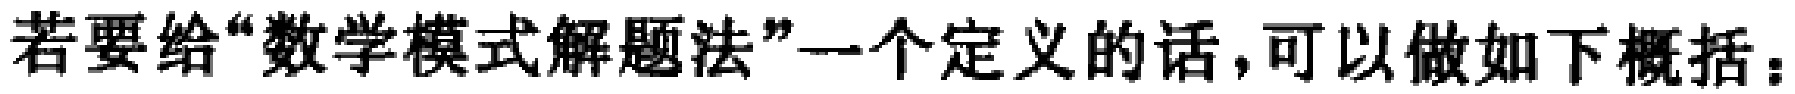
若要给“数学模式解题法”一个定义的话，可以做如下概括：